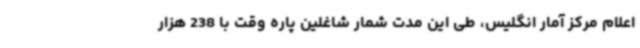
اعلام مرکز آمار انگلیس، طی این مدت شمار شاغلین پاره وقت با 238 هزار